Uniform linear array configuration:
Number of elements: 48
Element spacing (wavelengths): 0.75
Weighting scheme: binomial
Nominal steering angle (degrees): -45
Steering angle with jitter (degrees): -44.962
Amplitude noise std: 0.05
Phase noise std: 0.05

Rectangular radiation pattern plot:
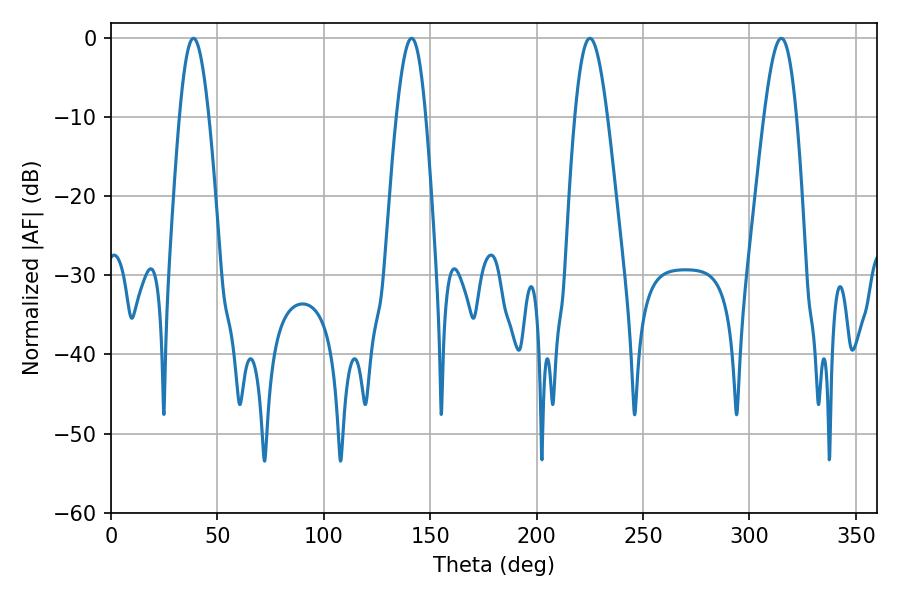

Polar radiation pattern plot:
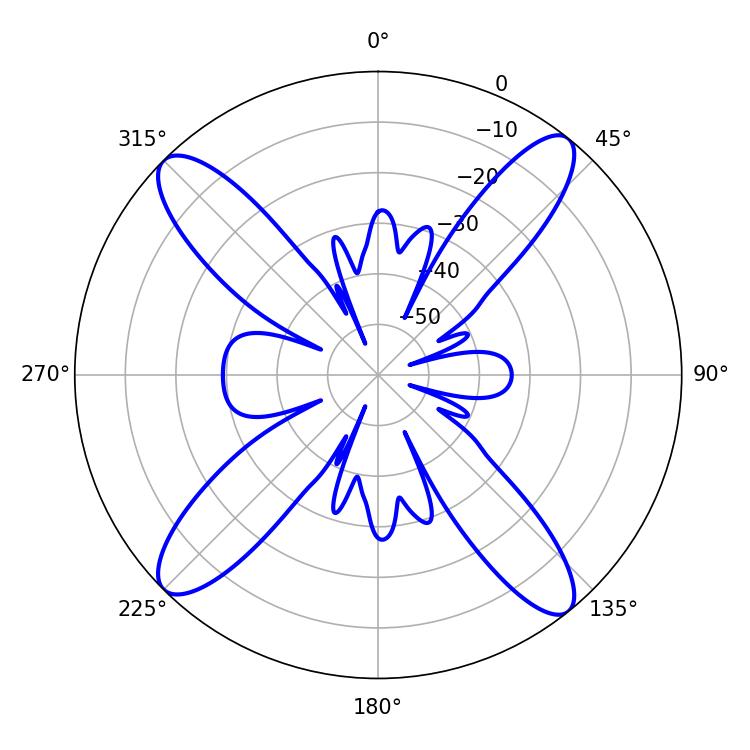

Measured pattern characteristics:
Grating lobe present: TRUE
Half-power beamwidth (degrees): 8.28
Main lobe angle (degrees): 225